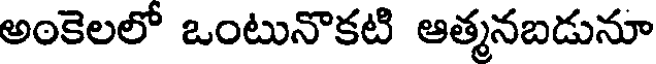
అంకెలలో ఒంటునొకటి ఆత్మనబడునూ